Report on horse surra - Volume II, Part II
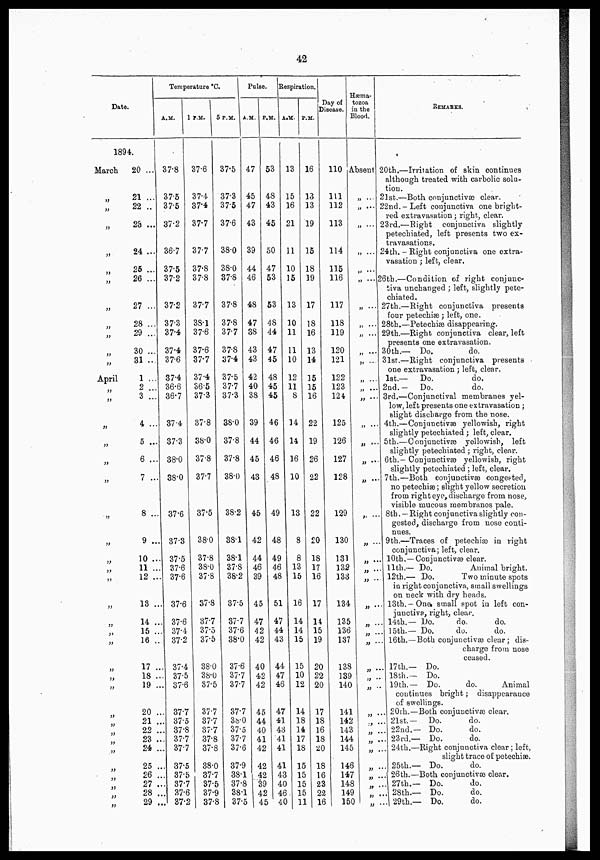
42
Date.
1894.
March
„
„
„
„
„
„
„
„
„
April
„
„
„
„
„
„
„
„
„
„
„
„
„
„
„
„
„
„
„
„
20 ...
21 ...
22 ..
23 ...
24 ...
25 ...
26 ...
27 ...
28 ...
29 ...
30 ...
31 ...
1 ...
2 ...
3 ...
4 ...
5 ...
6 ...
7 ...
8 ...
9 ...
10 ..
11 ..
12 ..
13 ..
14 ..
15 ..
16 ..
17 .
18 .
19 .
20 .
21 .
22 .
23 .
24 .
25 .
26 .
27 .
28 .
29 .
Temperature °C.
A.M.
37.8
37.5
37.5
37.2
36.7
37.5
37.2
37.2
37.3
37.4
37.4
37.6
37.4
36.6
36.7
37.4
37.3
38.0
38.0
37.6
37.3
37.5
37.6
37.6
37.6
. 37.6
. 37.4
. 37.2
. 37.4
. 37.5
. 37.6
.. 37.7
.. 37.5
.. 37.8
.. 37.7
.. 37.7
.. 37.5
.. 37.5
.. 37.7
.. 37.6
.. 37.2
1P.M.
5 P.M.
37.6
37.4
37.4
37.7
37.7
37.8
37.8
37.7
38.1
37.6
37.6
37.7
37.4
36.5
373
37.8
38.0
37.8
37.7
37.5
38.0
37.8
38.0
37.8
37.8
37.7
37.5
37.5
38.0
38.0
37.5
37.7
37.7
37.7
37.8
37.8
38.0
37.7
37.5
37.S
37.6
37.5
37.3
37.5
37.6
38.0
38.0
37.8
37.8
37.8
377
37.8
37.4
37.5
37.7
37.3
38.0
37.8
37.8
38.0
38.2
38.1
38.1
37.8
38.2
37.5
37.7
37.6
38.0
37.6
37.7
37.7
37.7
38.0
37.5
37.7
37.5
37.9
38.1
37.8
38.1
37.5
Pulse.
A.M.
47
45
47
43
39
44
46
48
47
38
43
43
42
40
38
39
44
45
43
P.M
53
48
43
45
50
47
52
53
48
44
47
45
48
45
45
46
46
46
48
45
42
44
46
39
45
47
42
42
40
42
42
45
44
40
41
42
42
42
39
42
45
49
48
49
46
48
51
47
44
43
44
47
46
47
41
43
41
41
41
43
40
46
40
Respiration.
A.M. P.M.
13
15
16
21
11
10
15
13
10
1 1
11
10
12
11
8
14
14
16
10
13
8
8
13
15
16
14
14
15
15
10
12
14
18
14
17
18
15
15
15
15
11
16
13
13
19
15
18
19
17
18
16
13
14
35
15
16
22
19
26
22
22
20
18
17
16
17
14
15
19
20
22
20
17
18
16
18
20
18
16
23
22
16
Day of
Disease.
Hæma-
tozoa
in the
Blood.
110 Absent
111
112
113
114
115
116
117
118
119
120
121
122
123
124
125
126
127
128
129
130
131
132
133
134
135
136
137
138
139
140
„ ...
„ ...
„
...
„
„ ....
REMARKS.
20th.—Irritation of skin continues
although treated with carbolic solu-
tion.
21st.—Both conjunctivæ clear.
22nd..Left conjunctiva one bright.
red extravasation; right., clear.
23rd.—Right
conjunctiva slightly
petechiated, left presents two ex-
travasations.
24th. . Right conjunctiva one extra-
vasation ; left, clear.
„ ... 26th.—Condition of right conjunc.
„ ....
„ ...
„
...
„ ....
„ ....
„ ...
„ ...
„ ...
„ ...
„
...
„ ...
„ ...
„ ...
„ ...
„ ....
„
„
„
„ ....
„ ....
„ ....
„ ...
„ ...
141
„ .
142
143
144
14.5
14.6
14.7
148
149
150
„
„ '
„
„
„
„
„.
27th.—Right conjunctiva presents
four petechiæ ; left, one.
28th.—Petechise disappearing.
29th.—Right conjunctiva clear„ left
presents one extravasation.
30th.— Do.
do.
31st.—Right conjunctiva presents
one extravasation ; left, clear.
1st.—
Do.
do.
2nd. .
Do.
do.
3rd.—Conjunctival membranes yel-
low, left presents one extravasation ;
Blight discharge from the nose.
4th.—Conjunctivæ yellowish, right
slightly petechiated ; left, clear.
5th.—Conjunctivæ yellowish, left
slightly petechiated; right, clear.
6th.— Conjunctivæ yellowish, right
slightly petechiated; left, clear.
7th.—Both conjunctivæ conges.ted,
no petechiæ; slight yellow secretion
from right eye, discharge from nose.
visible mucous membranes pale.
8th. — Right conjunctiva slightly con-
gested, discharge from nose conti-
nues.
9th.—Traces of petechiæ in right
conjunctiva; left, clear.
10th. — Conjunctivæ clear.
11th.— Do.
Animal bright.
12th.— Do.
Two minute spots
in right conjunctiva, small swellings
on neck with dry heads.
. 13th..One. small spot in left con-
junctiva, right, clear.
. 14th.— Do.
do.
do.
. 15th.— Do.
do.
do.
. 16th.—Both conjunctivæ clear ; dis-
charge from nose
ceased.
. 17th.— Do.
. 18th.— Do.
19th.— Do.
do.
Animal
continues bright;
disappearance
of swellings.
.. 20th.—Both conjunctivæ clear.
.. 21st.—
Do.
do.
.. 22nd.— Do.
do.
.. 23rd.— Do.
do.
.. 24th.—Right conjunctiva clear; left,
slight trace of petechiæ.
.. 25th.— Do.
do.
.. 26 th.—Both conjunctivæ clear.
.. 27th.— Do.
do.
„ ... 28th.— Do.
do.
„ ..| 29th.— Do.
do.